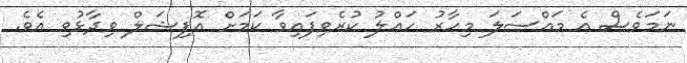
ނަމަވެސް އެ މައްސަލަ މިހާރު ހައްލު ކުރެވިފައިވާ ކަމަށް އޮފިޝަލް ވިދާޅުވި އެވެ.